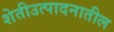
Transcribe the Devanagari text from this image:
शेतीउत्पादनातील